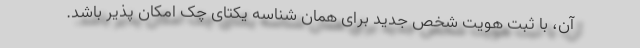
آن، با ثبت هویت شخص جدید برای همان شناسه یکتای چک امکان پذیر باشد.